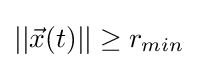
||{\vec {x}}(t)||\geq r_{min}